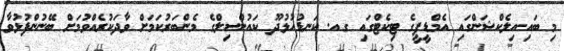
މި ބައި-އިލެކްޝަންގައި އެމްޑީޕީގެ ޓިކެޓްގައި ގއ. ކަނޑުހުޅުދޫ ކައުންސިލްގެ މެންބަރުކަމަށް ވާދަކުރެއްވުމަށް ބޭނުންފުޅުވާ